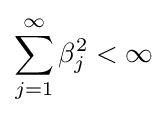
\sum _{j=1}^{\infty }\beta _{j}^{2}<\infty